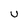
Character: U